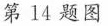
第14题图